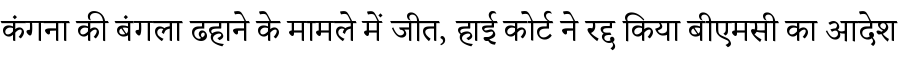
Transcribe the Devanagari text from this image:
कंगना की बंगला ढहाने के मामले में जीत, हाई कोर्ट ने रद्द किया बीएमसी का आदेश